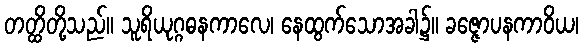
တတ္ထိတို့သည်။ သူရိယုဂ္ဂဓနကာလေ၊ နေထွက်သောအခါ၌။ ခဇ္ဇောပနကာဝိယ၊